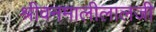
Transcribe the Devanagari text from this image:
श्रीवनमालीलालजी